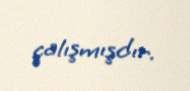
çalışmışdır.